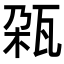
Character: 𬎨